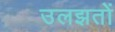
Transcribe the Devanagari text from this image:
उलझतों